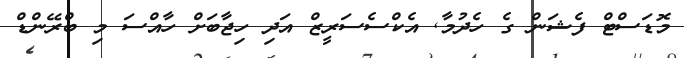
މޮޑަސްޓް ފެޝަން ގެ ހެދުމާ